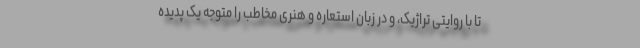
تا با روایتی تراژیک، و در زبان استعاره و هنری مخاطب را متوجه یک پدیده